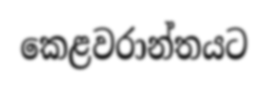
කෙළවරාන්තයට